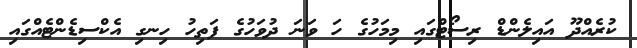
ކުރެއްދޫ އައިލެންޑް ރިސޯޓްގައި މިމަހުގެ ހަ ވަނަ ދުވަހުގެ ފަތިހު ހިނގި އެކްސިޑެންޓެއްގައި